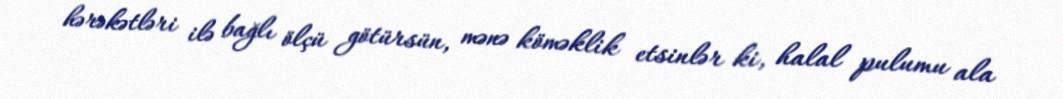
hərəkətləri ilə bağlı ölçü götürsün, mənə köməklik etsinlər ki, halal pulumu ala